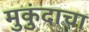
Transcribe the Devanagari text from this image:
मुकुंदाचा